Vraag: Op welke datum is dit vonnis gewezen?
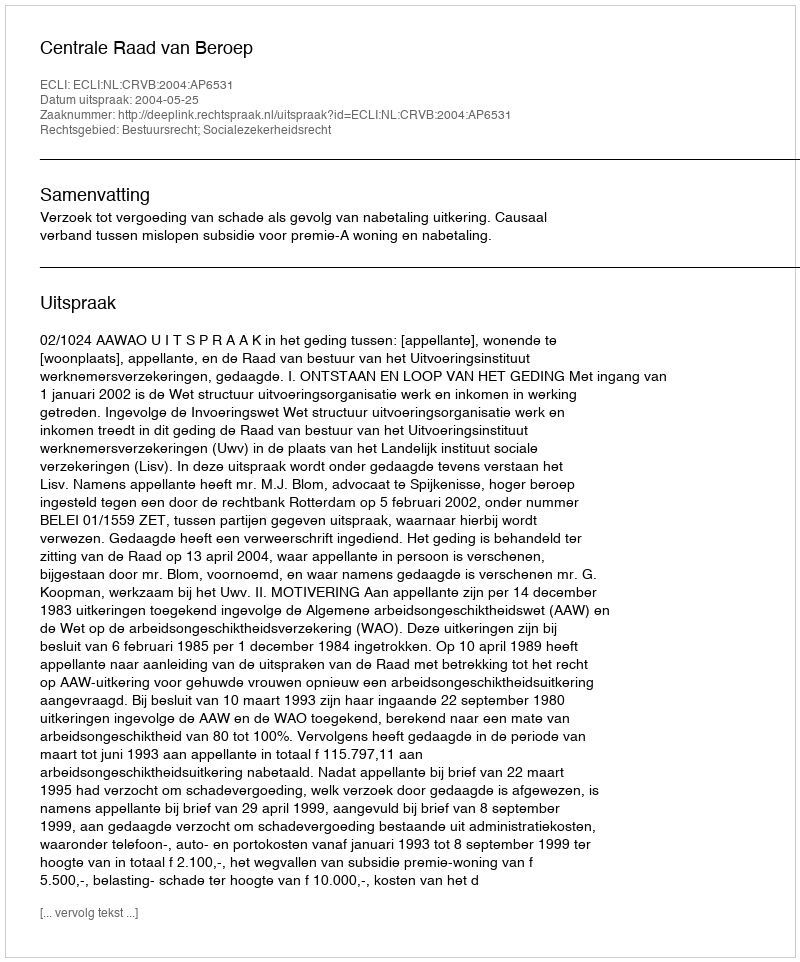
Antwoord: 2004-05-25